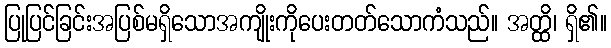
ပြုပြင်ခြင်းအပြစ်မရှိသောအကျိုးကိုပေးတတ်သောကံသည်။ အတ္ထိ၊ ရှိ၏။